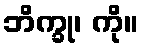
ဘိက္ခု၊ ကို။